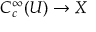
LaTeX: C _ { c } ^ { \infty } ( U ) \to X